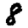
Digit: 8